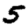
Digit: 5